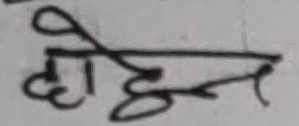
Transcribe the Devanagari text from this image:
होइन